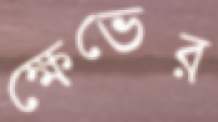
ক্ষেভের